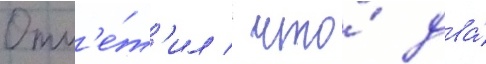
Отм'е́т'ил / что́ два́